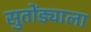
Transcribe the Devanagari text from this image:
सुतोंड्याला